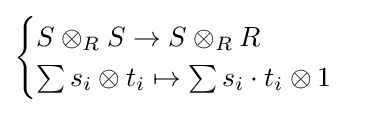
{\begin{cases}S\otimes _{R}S\to S\otimes _{R}R\\\sum s_{i}\otimes t_{i}\mapsto \sum s_{i}\cdot t_{i}\otimes 1\end{cases}}